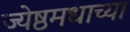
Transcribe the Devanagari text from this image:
ज्येष्ठमधाच्या